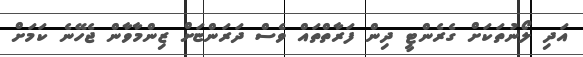
އަދި ލޯނުތަކަށް ގެރެންޓީ ދިން ފަރާތްތައް ވެސް ދަރަންޏަށް ޒިންމާވާން ޖެހޭނެ ކަމަށް